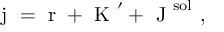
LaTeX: \mathrm { \boldmath ~ j ~ } = \mathrm { \boldmath ~ r ~ } + \mathrm { \boldmath ~ K ~ } ^ { \prime } + \mathrm { \boldmath ~ J ~ } ^ { \mathrm { s o l } } \ ,